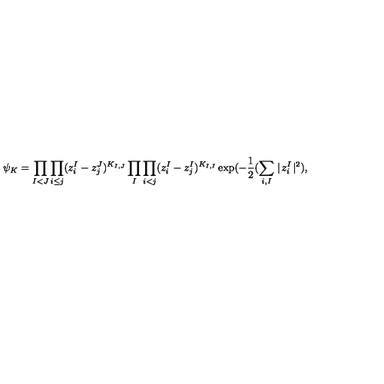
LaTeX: \psi _ { K } = \prod _ { I < J } \prod _ { i \leq j } ( z _ { i } ^ { I } - z _ { j } ^ { J } ) ^ { K _ { I , J } } \prod _ { I } \prod _ { i < j } ( z _ { i } ^ { I } - z _ { j } ^ { I } ) ^ { K _ { I , I } } \exp ( - { \frac { 1 } { 2 } } ( \sum _ { i , I } \mid \! z _ { i } ^ { I } \! \mid ^ { 2 } ) ,